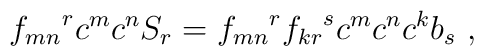
{f_{mn}}^{r}c^{m}c^{n}S_{r} = {f_{mn}}^{r} {f_{kr}}^{s} c^{m}c^{n}c^{k}b_{s}~,